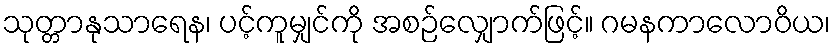
သုတ္တာနုသာရေန၊ ပင့်ကူမျှင်ကို အစဉ်လျှောက်ဖြင့်။ ဂမနကာလောဝိယ၊